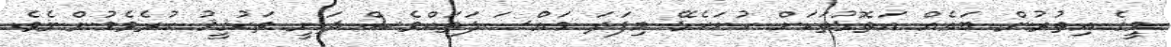
މީގެ އިތުރުން ބައެއް އަތޮޅުތަކަށް ހުށަހެޅޭ މިފަދަ މައްސަލަތައްވެސް ދަނީ ތަޙުޤީޤު ކުރެވެމުންނެވެ.